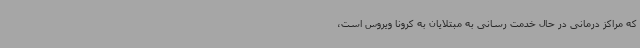
که مراکز درمانی در حال خدمت رسانی به مبتلایان به کرونا ویروس است،